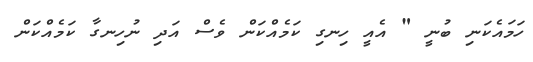
ހަމައެކަނި ބުނީ " އެއީ ހިނގި ކަމެއްކަން ވެސް އަދި ނުހިނގާ ކަމެއްކަން